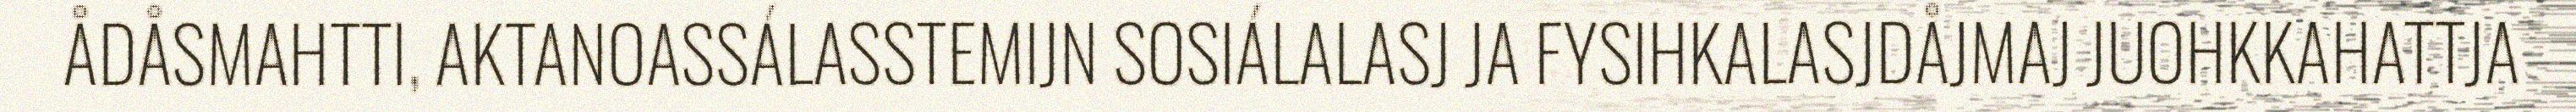
ÅDÅSMAHTTI, AKTANOASSÁLASSTEMIJN SOSIÁLALASJ JA FYSIHKALASJDÅJMAJ JUOHKKAHATTJA